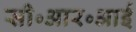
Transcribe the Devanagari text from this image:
सी॰आर॰आई